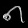
Digit: ၈